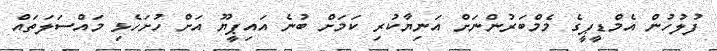
ފުލުހުން އެމްޑީޕީގެ މެމްބަރުންނަށް އަނިޔާކުރި ކަމަށް ބުނެ އައިޕީޔޫ އަށް ހުށަހެޅި މައްސަލަތައް